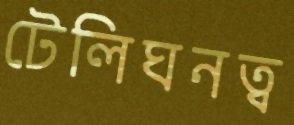
টেলিঘনত্ব